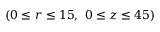
( 0 \leq r \leq 1 5 , ~ 0 \leq z \leq 4 5 )